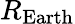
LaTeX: R_{\mathrm{Earth}}